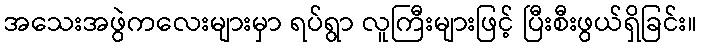
အသေးအဖွဲကလေးများမှာ ရပ်ရွာ လူကြီးများဖြင့် ပြီးစီးဖွယ်ရှိခြင်း။